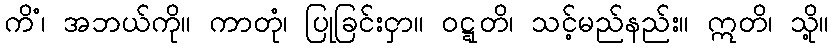
ကိံ၊ အဘယ်ကို။ ကာတုံ၊ ပြုခြင်းငှာ။ ဝဋ္ဋတိ၊ သင့်မည်နည်း။ ဣတိ၊ သို့။